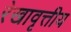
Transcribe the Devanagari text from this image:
रेखावृत्तीय